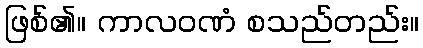
ဖြစ်၏။ ကာလဝဏံ စသည်တည်း။